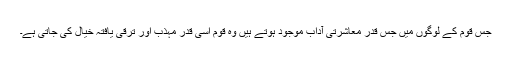
جس قوم کے لوگوں میں جس قدر معاشرتی آداب موجود ہوتے ہیں وہ قوم اسی قدر مہذب اور ترقی یافتہ خیال کی جاتی ہے۔